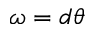
\omega = d \theta